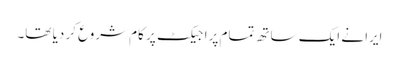
ایرا نے ایک ساتھ تمام پراجیکٹ پر کام شروع کر دیا تھا۔